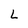
Character: L